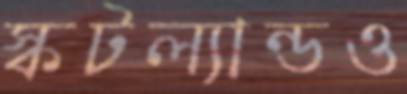
স্কটল্যান্ডও